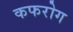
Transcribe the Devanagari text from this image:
कफरोग